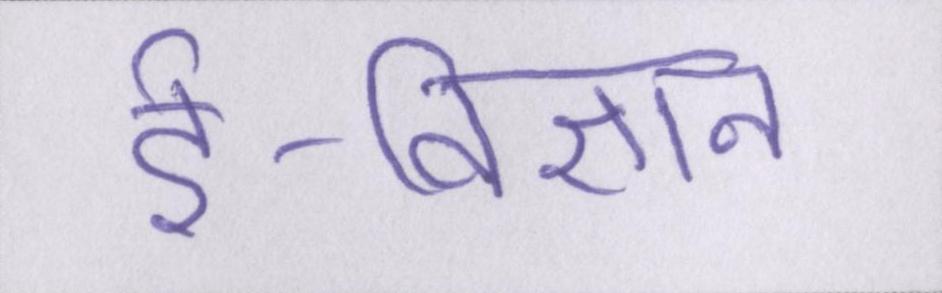
ई-विज्ञान